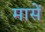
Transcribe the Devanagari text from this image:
मासें